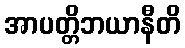
အာပတ္တိဘယာနီတိ